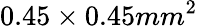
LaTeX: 0.45\times{0.45mm^{2}}